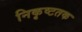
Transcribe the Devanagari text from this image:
निकृष्टतक